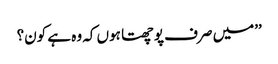
’’میں صرف پوچھتا ہوں کہ وہ ہے کون؟